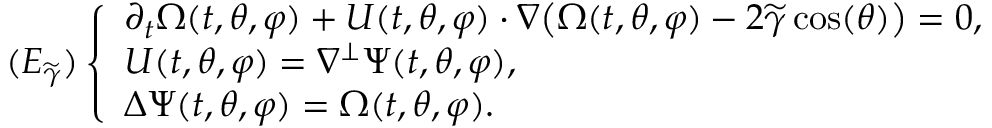
( E _ { \widetilde { \gamma } } ) \left\{ \begin{array} { l l } { \partial _ { t } \Omega ( t , \theta , \varphi ) + U ( t , \theta , \varphi ) \cdot \nabla \big ( \Omega ( t , \theta , \varphi ) - 2 \widetilde { \gamma } \cos ( \theta ) \big ) = 0 , } \\ { U ( t , \theta , \varphi ) = \nabla ^ { \perp } \Psi ( t , \theta , \varphi ) , } \\ { \Delta \Psi ( t , \theta , \varphi ) = \Omega ( t , \theta , \varphi ) . } \end{array} \right.